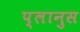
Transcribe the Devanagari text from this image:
प्लानुस